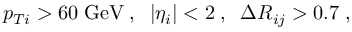
p _ { T i } > 6 0 \; \mathrm { G e V } \; , \; \; | \eta _ { i } | < 2 \; , \; \; \Delta R _ { i j } > 0 . 7 \; ,